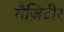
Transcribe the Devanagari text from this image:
गैज़िटीर